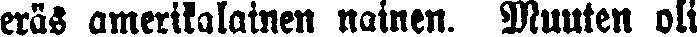
eräs amerikalainen nainen. Muuten oli